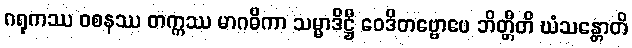
ဂရုကဿ ဝစနဿ တက္ကဿ မာဂဓိကာ သမ္မာဒိဋ္ဌီ ဝေဒိတဗ္ဗောပေ ဘိတ္တီတိ ဃံသန္တောတိ